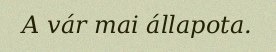
A vár mai állapota.